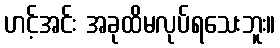
ဟင့်အင်း အခုထိမလုပ်ရသေးဘူး။